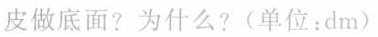
皮做底面?为什么?(单位：dm)